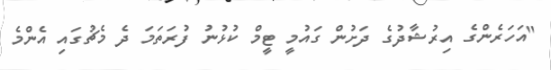
"އަހަރެންގެ އިރުޝާދުގެ ދަށުން ގައުމީ ޓީމް ކުޅުނު ފުރަތަމަ ދެ މެޗުގައި އެންމެ